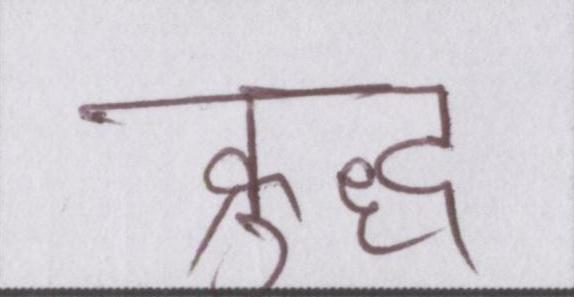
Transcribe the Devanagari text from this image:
क्रुद्ध